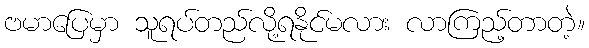
ဗမာပြေမှာ သူရပ်တည်လို့ရနိုင်မလား လာကြည့်တာတဲ့။